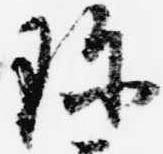
珍